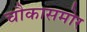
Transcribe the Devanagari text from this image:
चौकासमोर